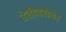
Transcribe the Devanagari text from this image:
उंचीबरोबर